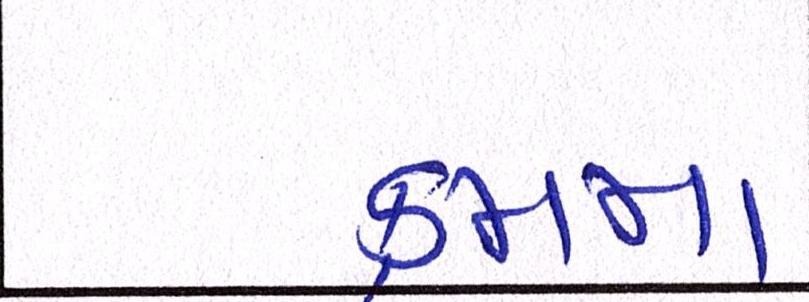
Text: ક્રમના